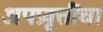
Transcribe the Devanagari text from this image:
अपप्रवृत्तींचा